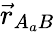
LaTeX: \vec{r}_{A_{a}B}